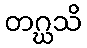
တဂ္ဃသိ